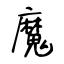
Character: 魔